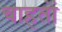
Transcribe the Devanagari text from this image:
चाहतों